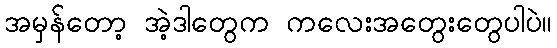
အမှန်တော့ အဲ့ဒါတွေက ကလေးအတွေးတွေပါပဲ။